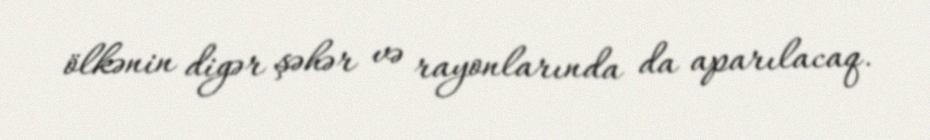
ölkənin digər şəhər və rayonlarında da aparılacaq.